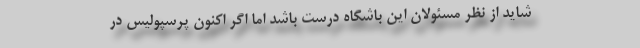
شاید از نظر مسئولان این باشگاه درست باشد اما اگر اکنون پرسپولیس در